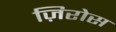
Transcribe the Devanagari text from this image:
ज़िरोस